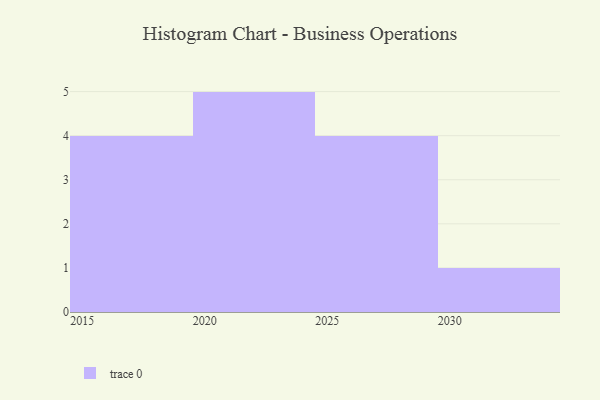
{"axis": {"x": "Year", "y": "Energy Usage (MWh)"}, "legend": [""], "data": [{"x": "2024", "y": 73, "type": ""}, {"x": "2020", "y": 3, "type": ""}, {"x": "2030", "y": 100, "type": ""}, {"x": "2021", "y": 13, "type": ""}, {"x": "2018", "y": 2, "type": ""}, {"x": "2027", "y": 68, "type": ""}, {"x": "2026", "y": 84, "type": ""}, {"x": "2023", "y": 15, "type": ""}, {"x": "2016", "y": 5, "type": ""}, {"x": "2022", "y": 53, "type": ""}, {"x": "2019", "y": 51, "type": ""}, {"x": "2015", "y": 5, "type": ""}, {"x": "2028", "y": 24, "type": ""}, {"x": "2029", "y": 14, "type": ""}]}